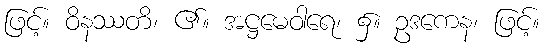
ဖြင့်။ ဝိနဿတိ၊ ၏။ အဋ္ဌမေဝါရေ၊ ၌။ ဥဒကေန၊ ဖြင့်။